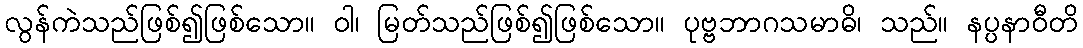
လွန်ကဲသည်ဖြစ်၍ဖြစ်သော။ ဝါ၊ မြတ်သည်ဖြစ်၍ဖြစ်သော။ ပုဗ္ဗဘာဂသမာဓိ၊ သည်။ နပ္ပနာဝီတိ